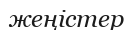
жеңістер